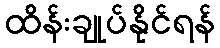
ထိန်းချုပ်နိုင်ရန်